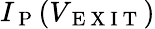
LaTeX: I_{\mathrm{~P~}}(V_{\mathrm{~E~X~I~T~}})